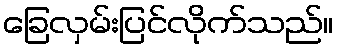
ခြေလှမ်းပြင်လိုက်သည်။